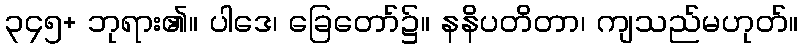
၃၄၅+ ဘုရား၏။ ပါဒေ၊ ခြေတော်၌။ နနိပတိတာ၊ ကျသည်မဟုတ်။